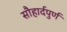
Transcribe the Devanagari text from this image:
सौहार्दपुर्ण